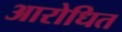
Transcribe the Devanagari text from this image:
आरोधित